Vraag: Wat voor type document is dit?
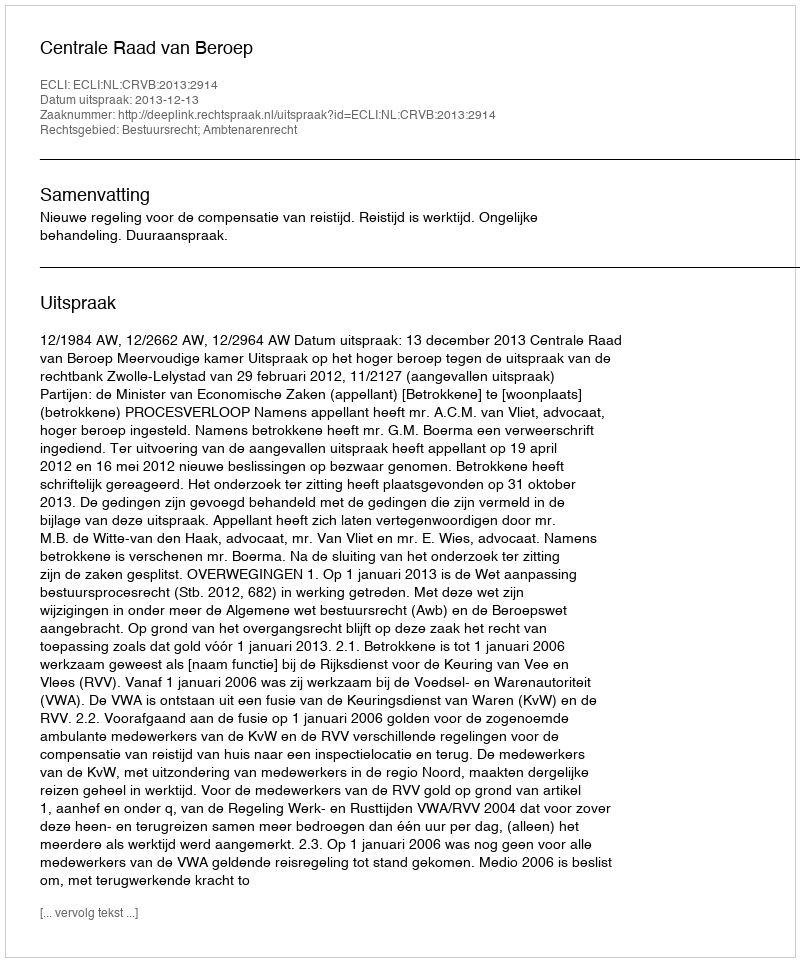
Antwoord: Uitspraak